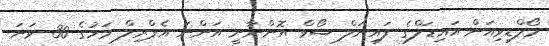
މޯލްޑިވިއަން އައިޑަލްގެ ފައިނަލް ޝޯވް އޮންނާނީ އަންނަ އެޕްރިލް މަހުގެ 30 ވަނަ